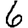
Digit: 6